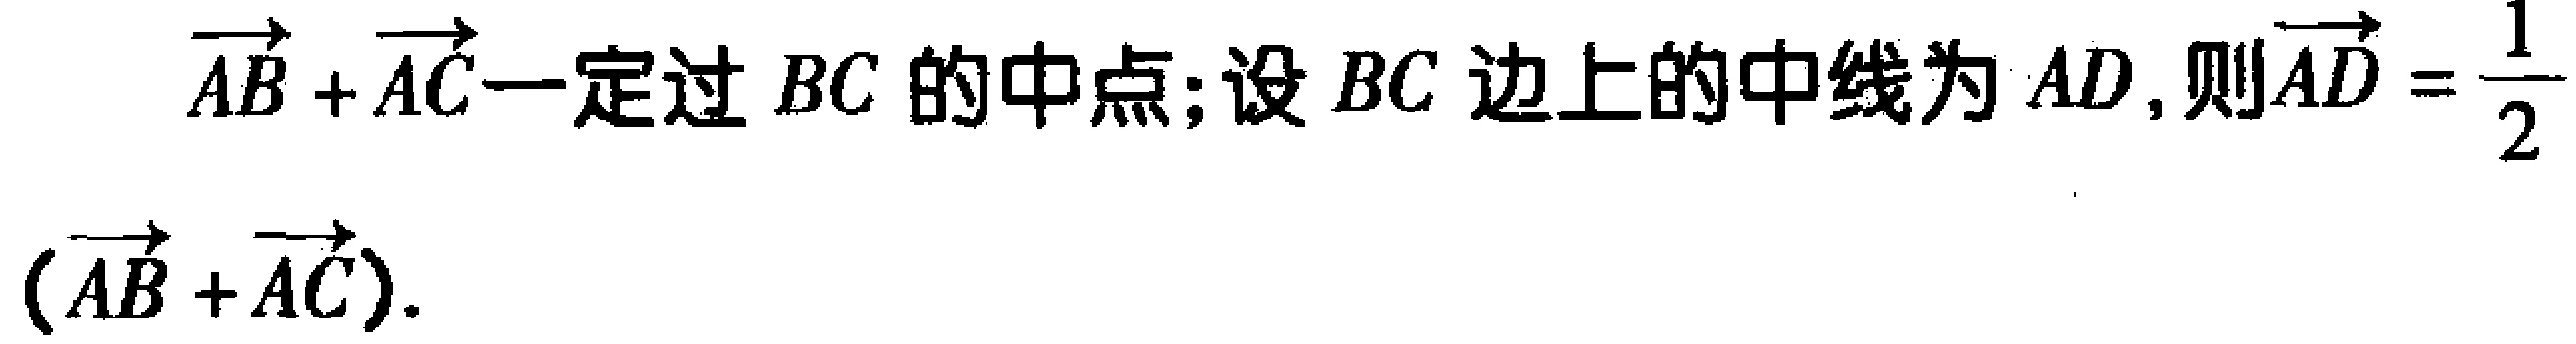
$\overrightarrow{AB}+\overrightarrow{AC}$一定过$BC$的中点;设$BC$边上的中线为$AD$,则$\overrightarrow{AD}=\frac{1}{2}(\overrightarrow{AB}+\overrightarrow{AC})$.